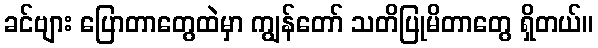
ခင်ဗျား ပြောတာတွေထဲမှာ ကျွန်တော် သတိပြုမိတာတွေ ရှိတယ်။